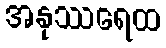
အနုဿရေထ